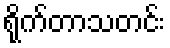
ရိုက်တာသတင်း